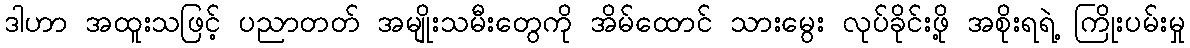
ဒါဟာ အထူးသဖြင့် ပညာတတ် အမျိုးသမီးတွေကို အိမ်ထောင် သားမွေး လုပ်ခိုင်းဖို့ အစိုးရရဲ့ ကြိုးပမ်းမှု